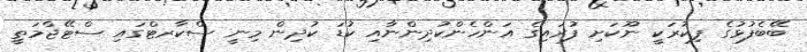
ބޭބެފުޅުގެ ފިކުރަކީ ނޫކަށި ފުރައިގެ އަންހެންކުދިންނާއި ކުޑަ ކުދިން މިނީ ސްކާރޓްގައި ސްޓޭޖްމަތީ